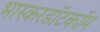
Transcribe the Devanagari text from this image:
भास्करडॉटकॉम